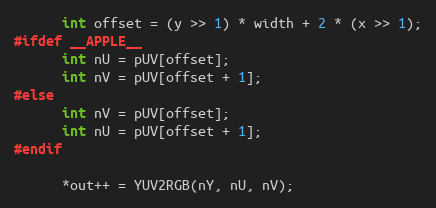
Language: C++
      int offset = (y >> 1) * width + 2 * (x >> 1);
#ifdef __APPLE__
      int nU = pUV[offset];
      int nV = pUV[offset + 1];
#else
      int nV = pUV[offset];
      int nU = pUV[offset + 1];
#endif

      *out++ = YUV2RGB(nY, nU, nV);